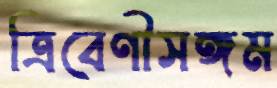
ত্রিবেণীসঙ্গম